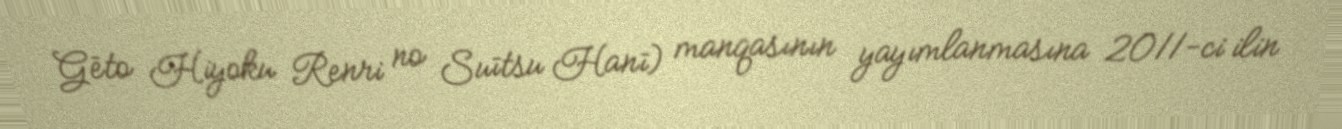
Gēto Hiyoku Renri no Suītsu Hanī) manqasının yayımlanmasına 2011-ci ilin